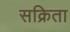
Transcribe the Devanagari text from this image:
सक्रिता